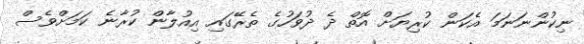
ނިކުންނަނަމަ އެކަން ކުރިޔަށް އޮތް ދެ ދުވަހުގެ ތެރޭގައި އިއުލާން ކުރާނެ ކަމަށްވެސް